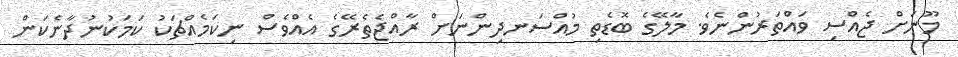
މޫނަށް ޖެއްސި ވައްތަރުންނެވެ. މާލޭގެ ބޮޑެތި މުއްސަނދިންނަށް ރާއްޖެތެރޭގެ އެއްވެސް ނިކަމެއްޗަކު ކަމަކުނުދާނެކަން